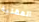
العقلية